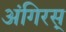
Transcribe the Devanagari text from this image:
अंगिरस्‌